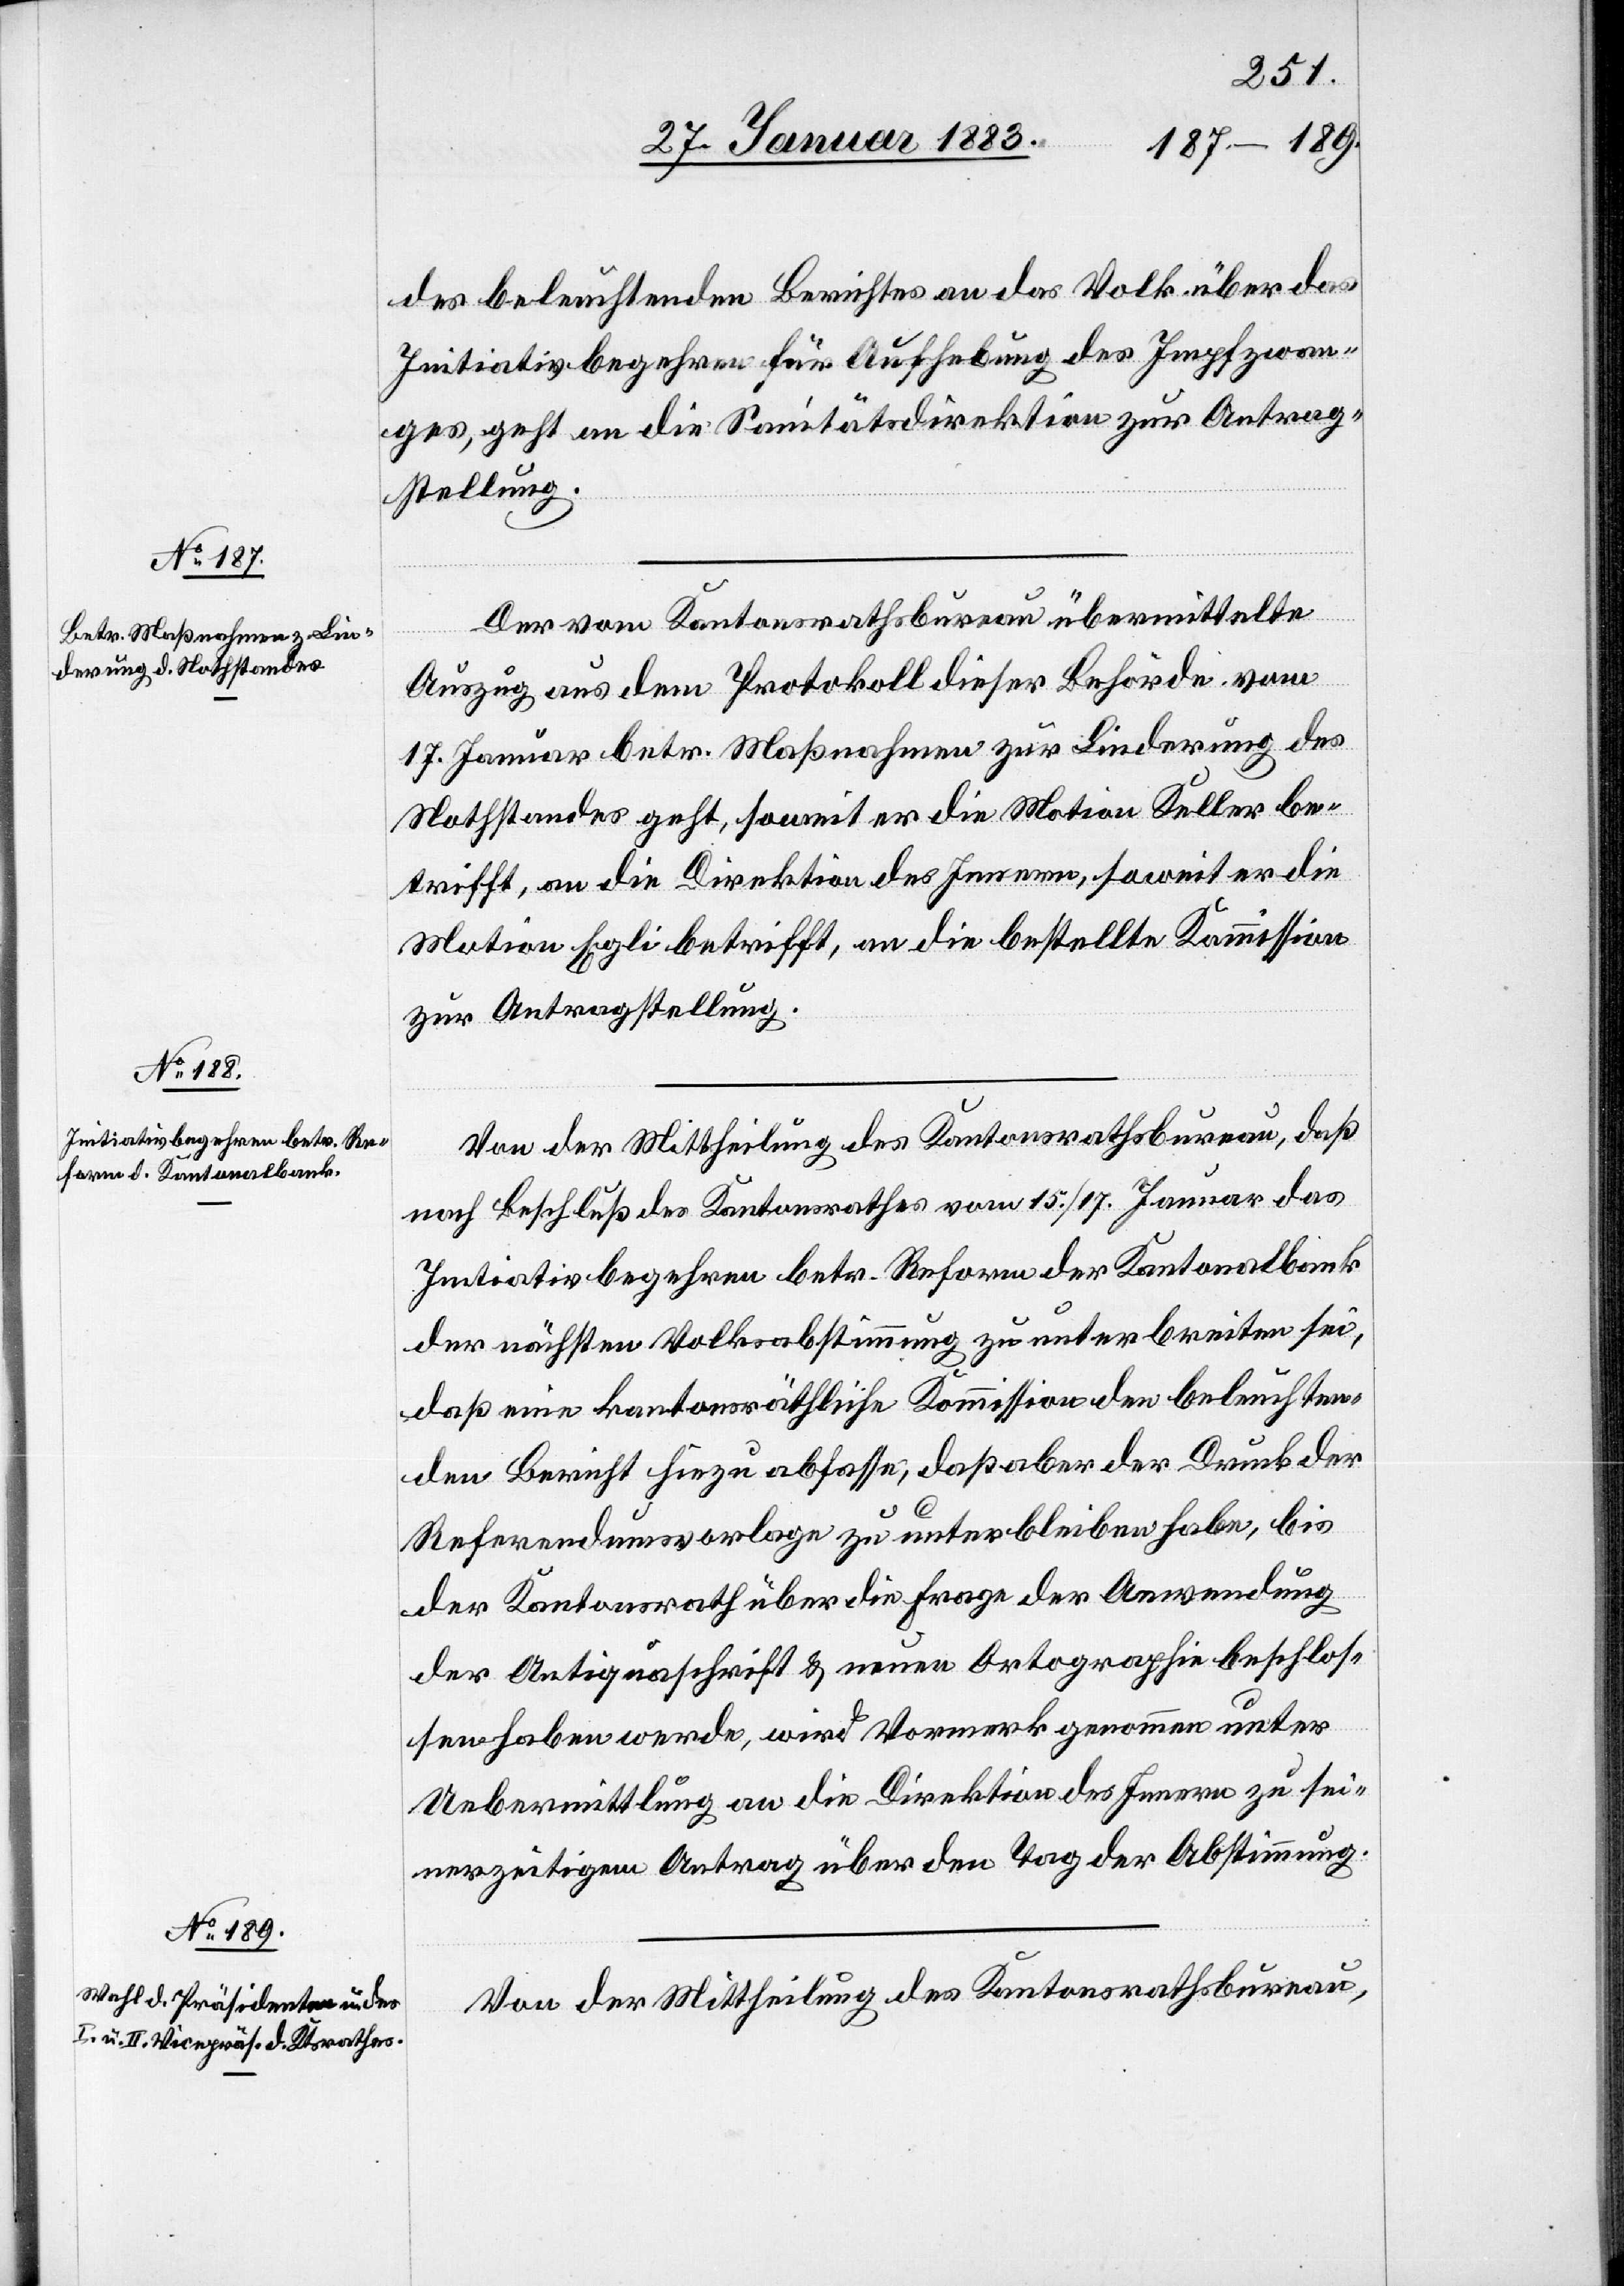
Initiativbegehren betr. Re¬
form d. Kantonalbank

des beleuchtenden Berichtes an das Volk über das
Initiativbegehren für Aufhebung des Impfzwan¬
ges, geht an die Sanitätsdirektion zur Antrag¬
stellung.
Der vom Kantonsrathsbureau übermittelte
Auszug aus dem Protokoll dieser Behörde vom
17. Januar betr. Maßnahmen zur Linderung des
Nothstandes geht, soweit er die Motion Keller be¬
trifft, an die Direktion des Innern, soweit er die
Motion Egli betrifft, an die bestellte Kommission
zur Antragstellung.
Von der Mittheilung des Kantonsrathsbureau, daß
nach Beschluß des Kantonsrathes vom 15./17. Januar das
der nächsten Volksabstimmung zu unterbreiten sei,
daß eine kantonsräthliche Kommission den beleuchten¬
den Bericht hiezu abfasse, daß aber der Druck der
Referendumsvorlage zu unterbleiben habe, bis
der Kantonsrath über die Frage der Anwendung
der Antiquaschrift & neuen Ortographie beschlos¬
sen haben werde, wird Vormerk genommen unter
Uebermittlung an die Direktion des Innern zu sei¬
nerzeitigem Antrag über den Tag der Abstimmung.
Von der Mittheilung des Kantonsrathsbureau,